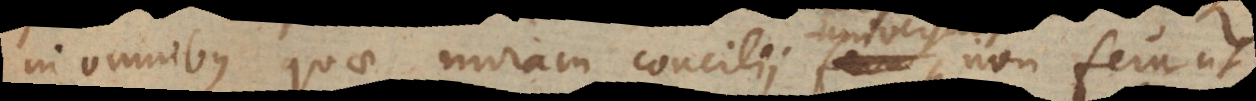
in omnibus quae moram concilii feru